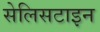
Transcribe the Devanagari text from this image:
सेलिसटाइन